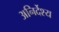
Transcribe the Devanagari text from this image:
अनिर्देश्य